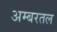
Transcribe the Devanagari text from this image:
अम्बरतल